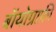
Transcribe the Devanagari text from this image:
बॉयोग्राफ़ी